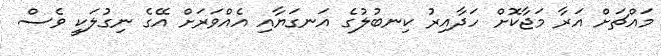
މައްޗަށް އަރާ މަޖާކޮށް ހަދާއިރު ކިނބުލުގެ އަނގަޔާއި އެއްވަރަށް އޭގެ ނިގުލަކީ ވެސް